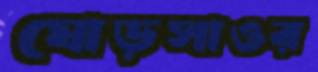
ঘোড়সাওর